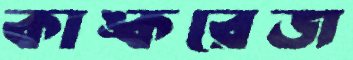
কাঙ্করেজ